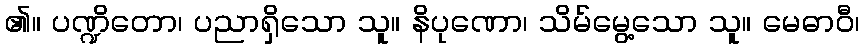
၏။ ပဏ္ဍိတော၊ ပညာရှိသော သူ။ နိပုဏော၊ သိမ်မွေ့သော သူ။ မေဓာဝီ၊